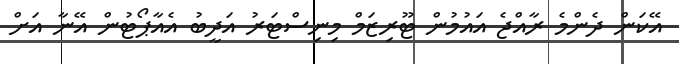
އޭކަން ދެންމެ ރާއްޖެ އައުމުން ޓޫރިޒަމް މިނިސްޓަރު އަދީބު އެއާޕޯޓުން އޭނާ އަށް